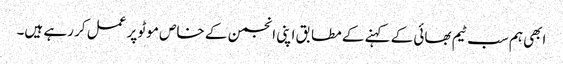
ابھی ہم سب ٹیم بھائی کے کہنے کے مطابق اپنی انجمن کے خاص موٹو پر عمل کر رہے ہیں۔